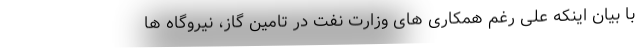
با بیان اینکه علی رغم همکاری های وزارت نفت در تامین گاز، نیروگاه ها